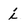
Character: i